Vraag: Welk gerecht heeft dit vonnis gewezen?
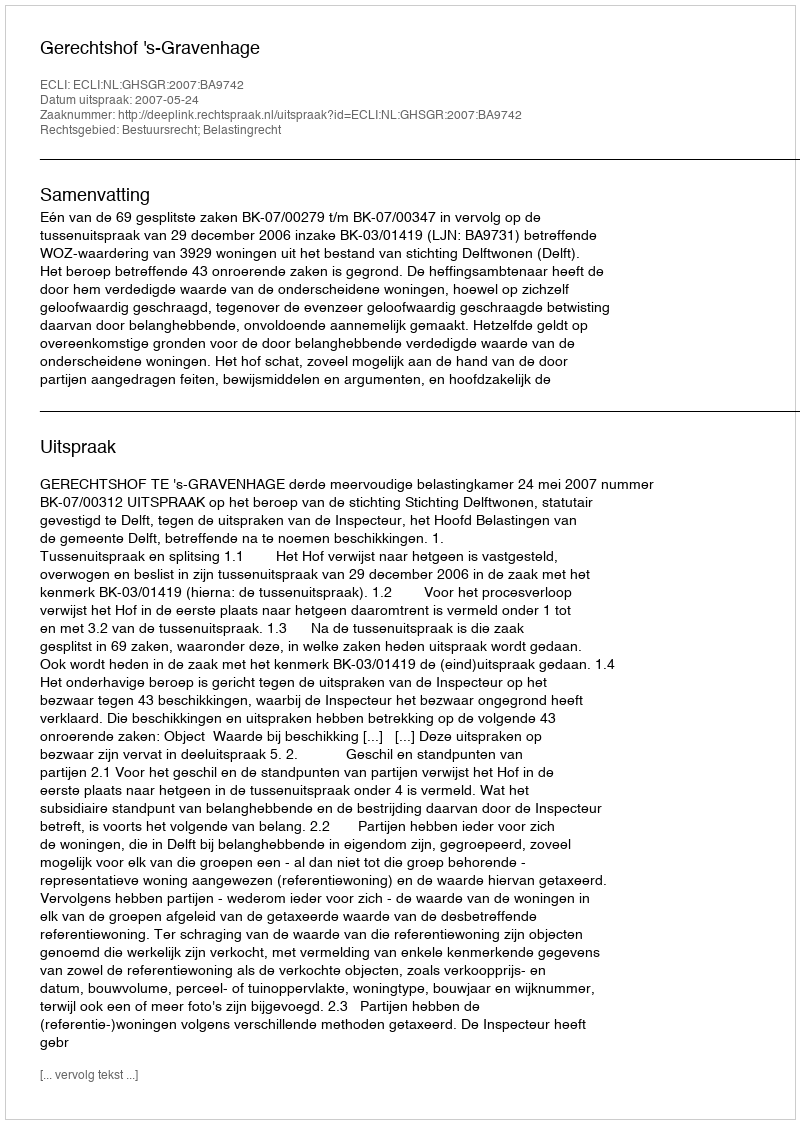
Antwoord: Gerechtshof 's-Gravenhage